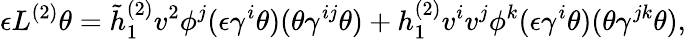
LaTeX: \epsilon L^{(2)}\theta=\tilde{h}_{1}^{(2)}v^{2}\phi^{j}(\epsilon\gamma^{i}\theta)(\theta\gamma^{ij}\theta)+h_{1}^{(2)}v^{i}v^{j}\phi^{k}(\epsilon\gamma^{i}\theta)(\theta\gamma^{jk}\theta),